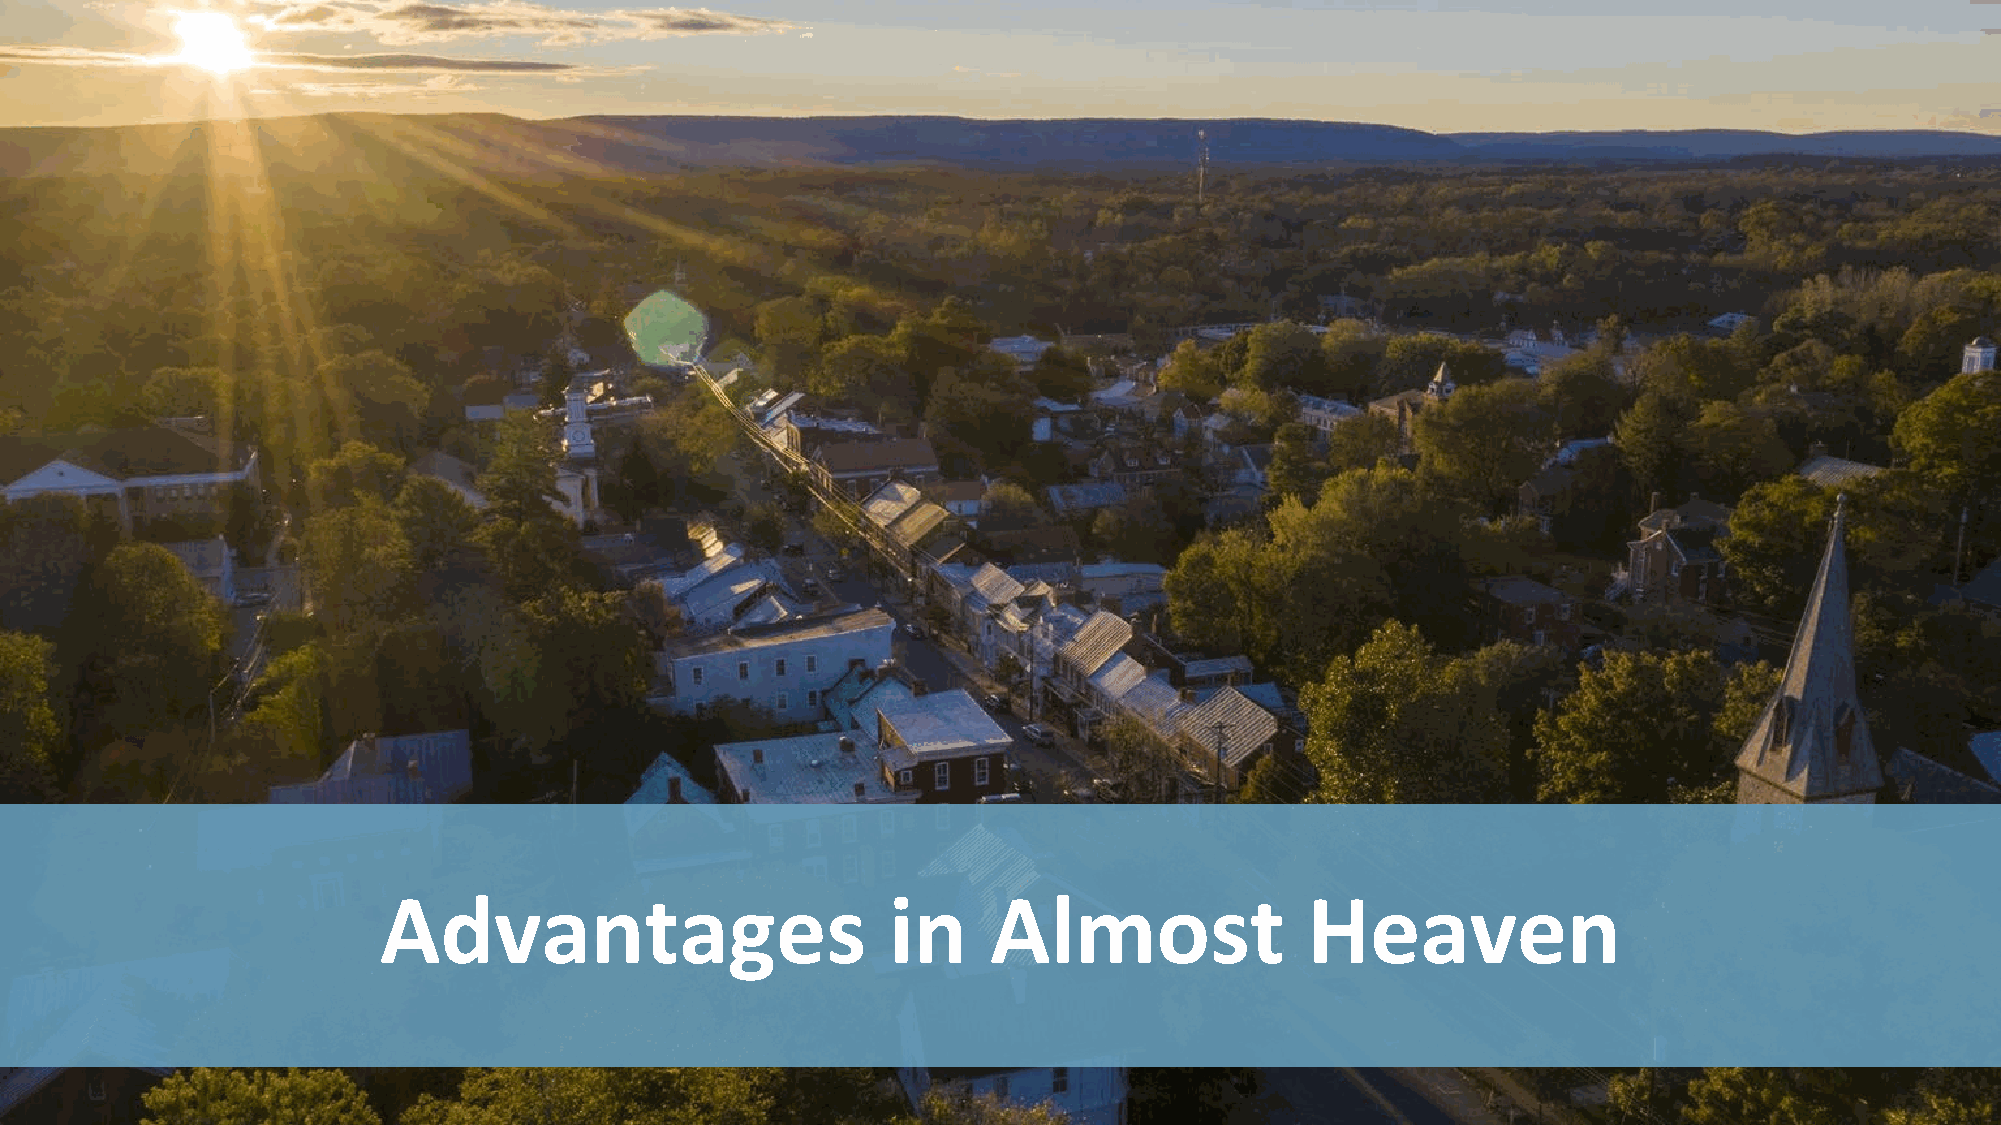
Advantages                        in     Almost              Heaven